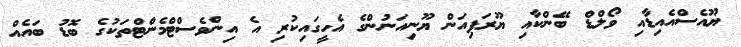
ޔޫއެސްއެއިޑާއި ވޯލްޑް ބޭންކާއި ޔޫރަޕިއަން ޔޫނިއަނުންގެ އެހީގައިކުރި އެ އިންވެސްޓްމެންޓްތަކުގެ ބޮޑު ބައެއް